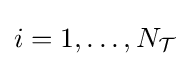
i=1,\ldots ,N_{\mathcal {T}}